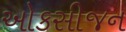
ઓકસીજન